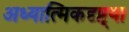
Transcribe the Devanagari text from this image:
अध्यात्मिकदृष्ट्या